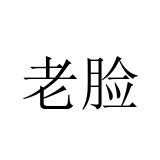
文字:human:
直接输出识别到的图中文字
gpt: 老脸